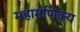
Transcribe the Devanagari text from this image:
महामणिक्य